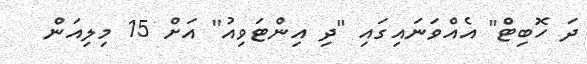
ދަ ހޮބިޓް" އެއްވަނައިގައި "ދި އިންޓަވިއު" އަށް 15 މިލިއަން